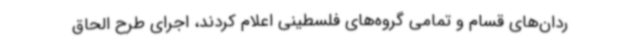
ردان‌های قسام و تمامی گروه‌های فلسطینی اعلام کردند، اجرای طرح الحاق